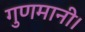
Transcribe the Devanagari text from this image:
गुणमानी।